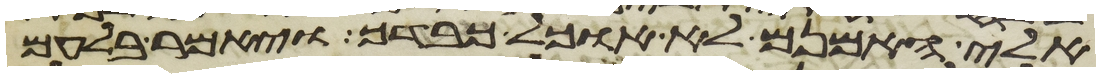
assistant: אלי האמנם לא אוכל כבדך ויאמר בלעם